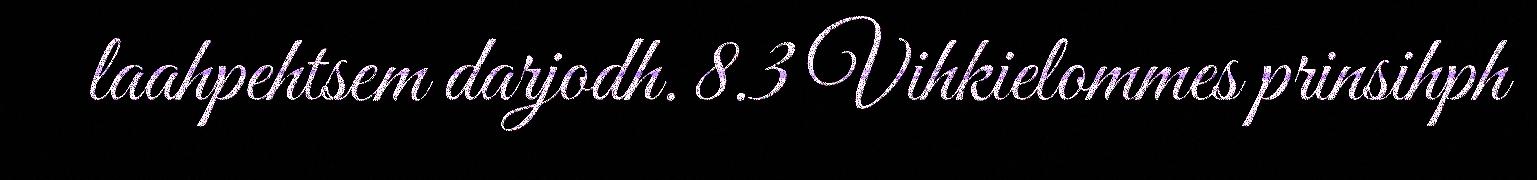
laahpehtsem darjodh. 8.3 Vihkielommes prinsihph